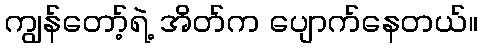
ကျွန်တော့်ရဲ့ အိတ်က ပျောက်နေတယ်။